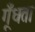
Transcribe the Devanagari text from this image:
गूँधता